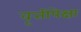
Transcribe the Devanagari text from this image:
वृत्तीपेक्षा